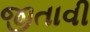
જીતાવી